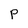
Character: P